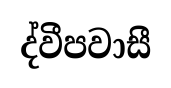
ද්වීපවාසී